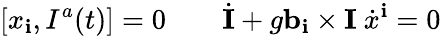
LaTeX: [x_{\mathbf{i}},I^{a}(t)]=0\qquad\dot{{\mathbf{I}}}+g{\mathbf{b}}_{\mathbf{i}}\times{\mathbf{I}}\ \dot{{x}}^{\mathbf{i}}=0